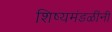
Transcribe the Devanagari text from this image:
शिष्यमंडळींनी